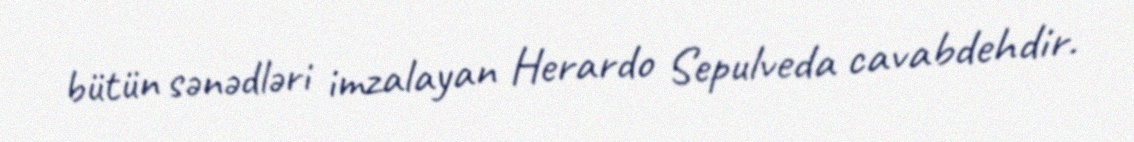
bütün sənədləri imzalayan Herardo Sepulveda cavabdehdir.